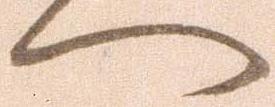
へ